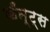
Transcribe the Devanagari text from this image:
कँन्ट्‌स